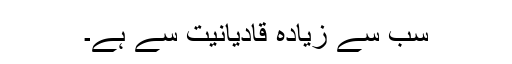
سب سے زیادہ قادیانیت سے ہے۔